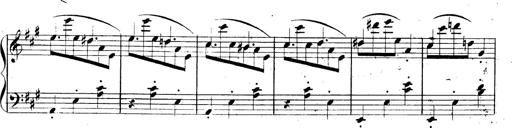
Title: 3 Caprices-Valses
Composer: Franz Liszt